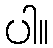
ပါ။